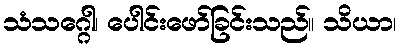
သံသဂ္ဂေါ၊ ပေါင်းဖော်ခြင်းသည်။ သိယာ၊